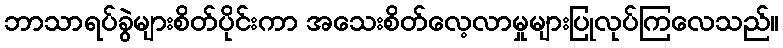
ဘာသာရပ်ခွဲများစိတ်ပိုင်းကာ အသေးစိတ်လေ့လာမှုများပြုလုပ်ကြလေသည်။